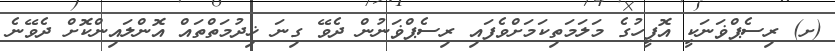
(ށ) ރިސެޕްޥަނަކީ އޮފީހުގެ މަލަމަތިކަމަށްވެފައި ރިސެޕްޥަނުން ދެވޭ ގިނަ ޚިދުމަތްތައް އޮންލައިންކޮށް ދެވޭނެ